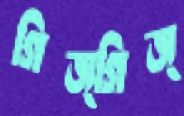
গিজ্‌গিজ্‌